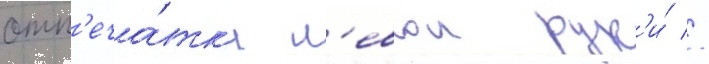
отп'еча́тк'и л'евои рук'и́ //